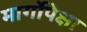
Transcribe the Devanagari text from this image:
मार्गोपेक्षा